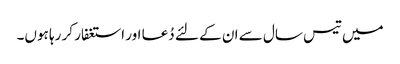
میں تیس سال سے ان کے لئے دُعا اور استغفار کر رہا ہوں۔